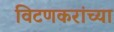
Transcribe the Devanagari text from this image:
विटणकरांच्या